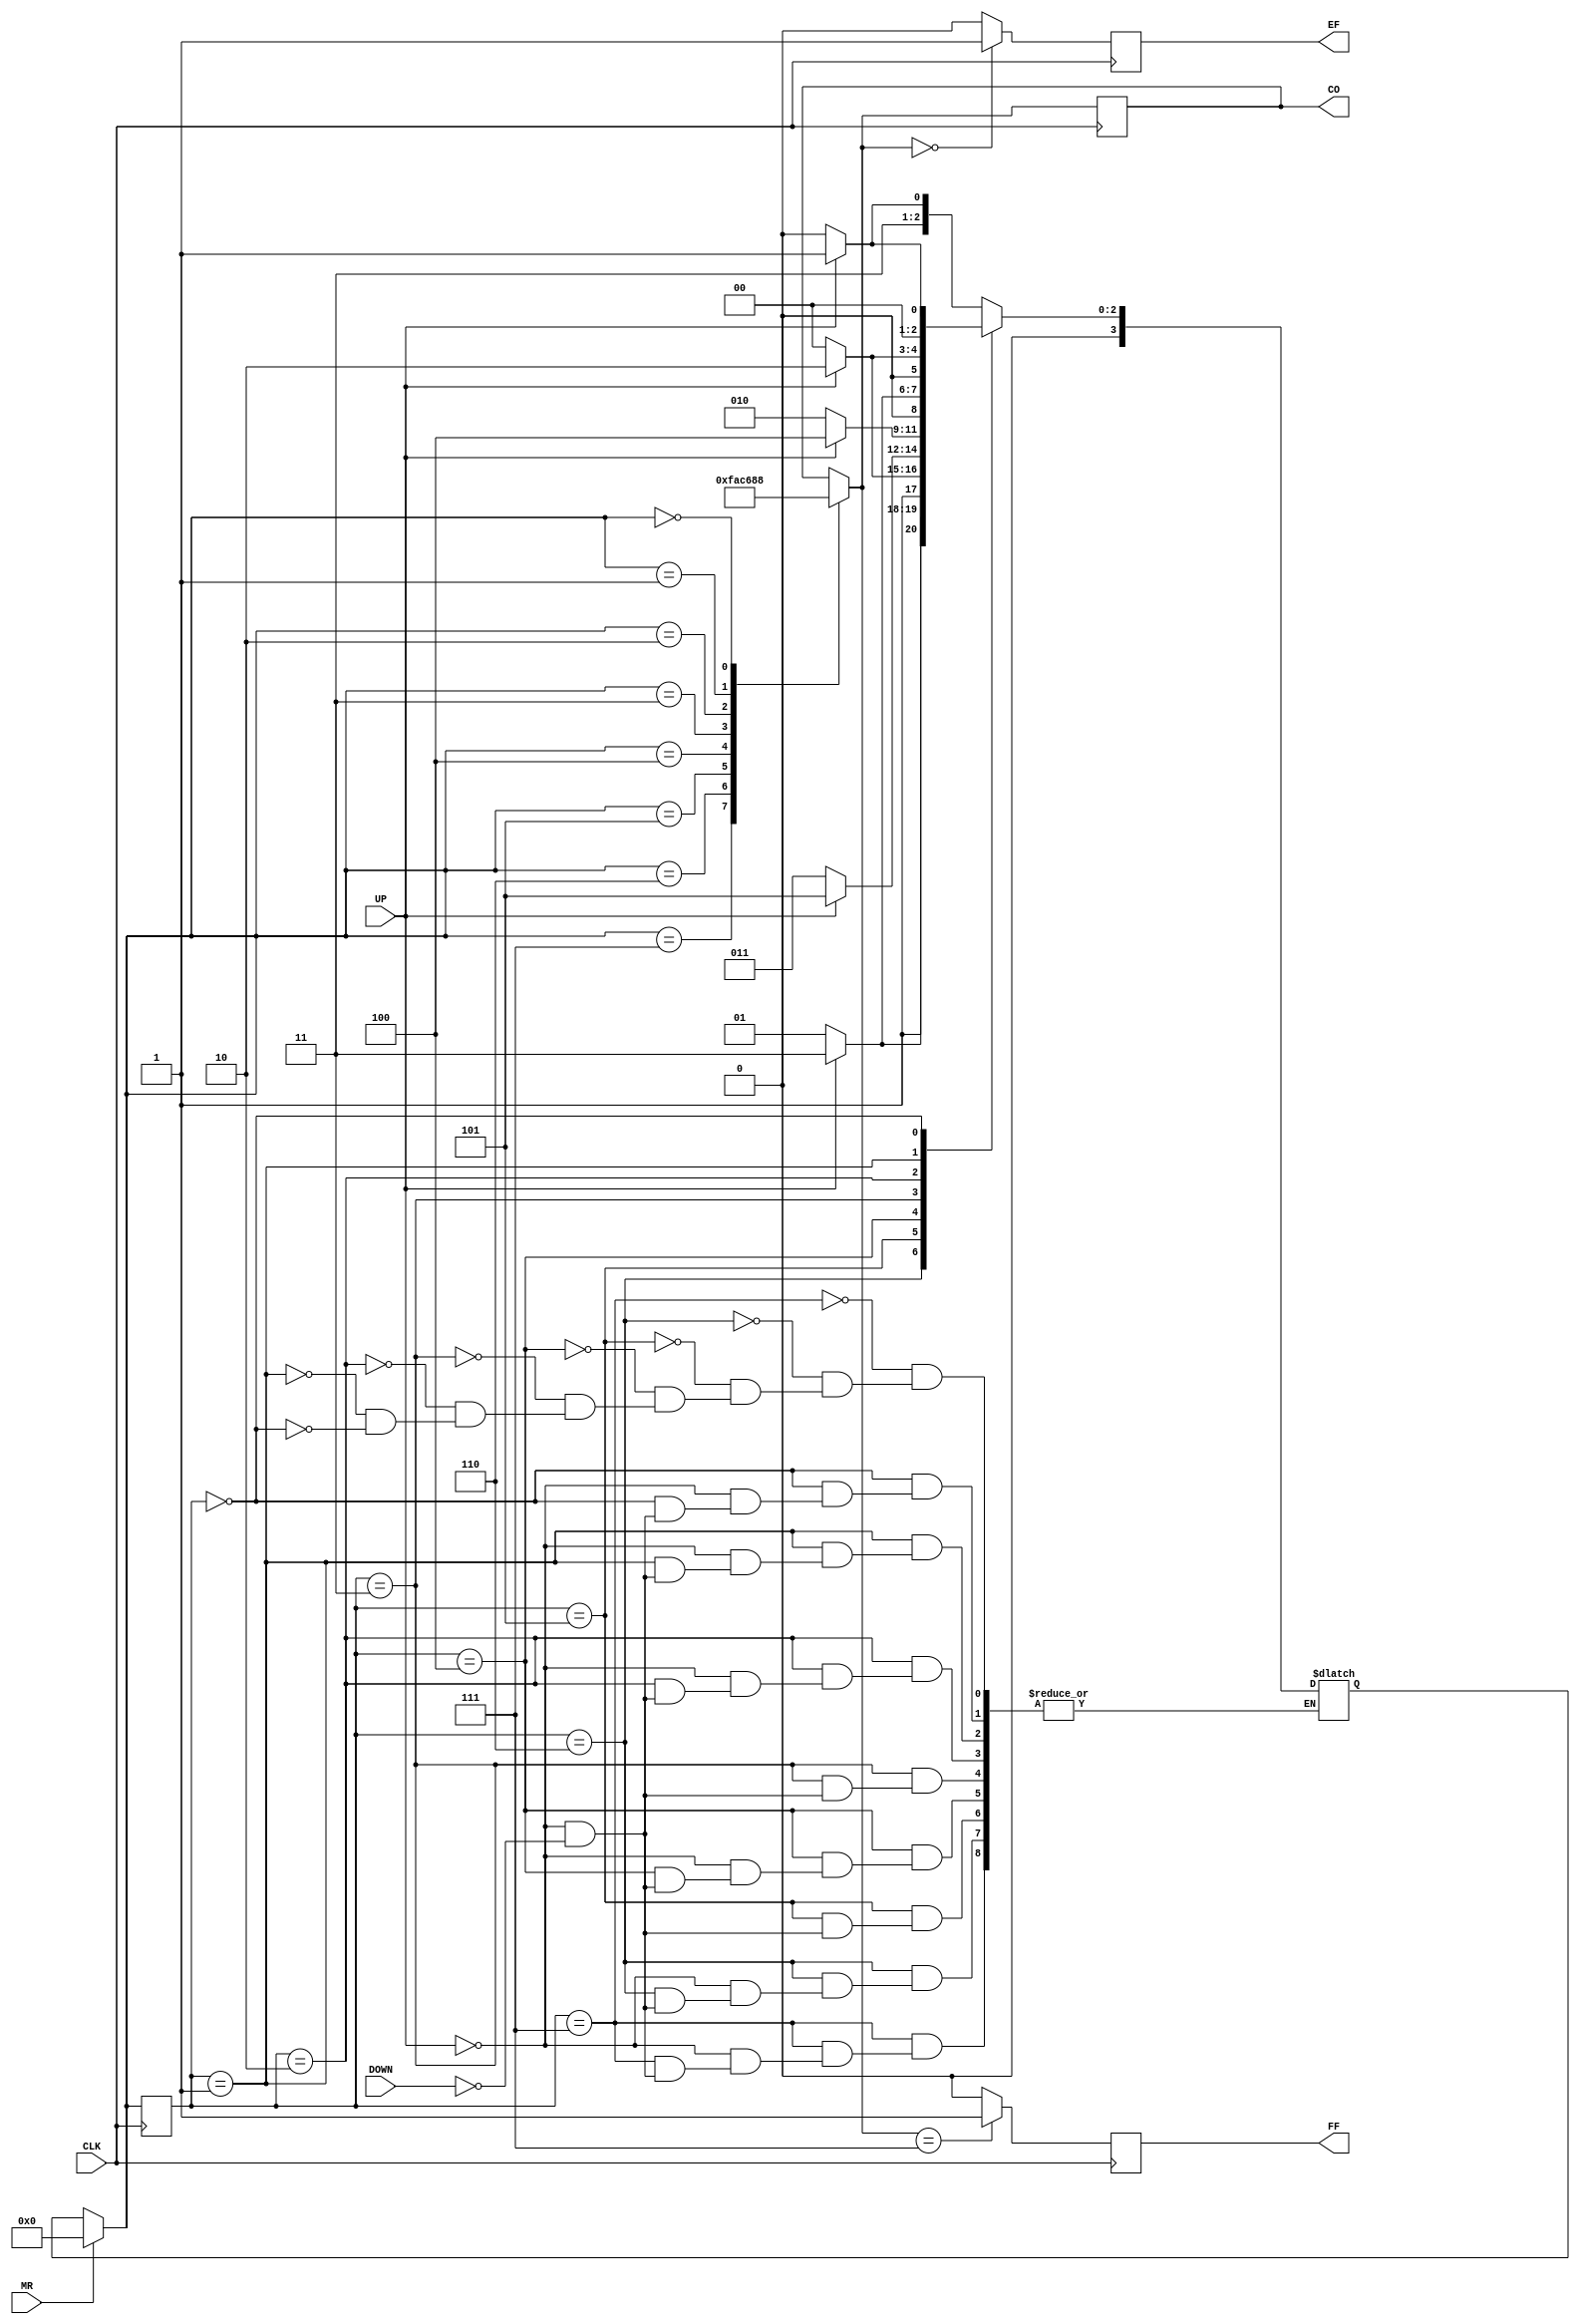
/**
CO = Counter Output
EF <= empty flag 
FF <= Full flag 
UP signal 
Down signal
CLK system Clock 
MR master rest 

initial value for the counter is 0 :"D


EF and FF is ative High 
Ative High Master rest 

**/
module counter(CO,EF,FF,UP,DOWN,CLK,MR);
input UP,DOWN,CLK,MR ;

parameter H=3'b000,G=3'b001,F=3'b010,E=3'b011,D=3'b100,C=3'b101,B=3'b110,A=3'b111 ;
reg[3:0] CS ;reg[3:0] NS ;
output reg[2:0] CO ;
output reg EF,FF ;

initial
begin 
CS = H ;
CO = 0;
EF = 1 ;
FF = 0 ;
end




always@(UP,DOWN)
begin 



case(CS)
A:if(UP)begin NS = A ;end
else if(DOWN)begin NS = B ; end

B: if(UP)begin NS = A ;end
else if(DOWN)begin NS = C ; end

C: if(UP)begin NS = B ;end
else if(DOWN)begin NS <= D ; end

D: if(UP)begin NS = C ;end
else if(DOWN)begin NS = E ; end

E: if(UP)begin NS = D ;end
else if(DOWN)begin NS <= F ; end

F: if(UP)begin NS = E ;end
else if(DOWN)begin NS = G ; end

G: if(UP)begin NS = F ;end
else if(DOWN)begin NS = H ; end

H: if(UP)begin NS = G ;end
else if(DOWN)begin NS = H ; end


 
endcase 

end



always@(posedge CLK)
begin
if (MR==0)begin CS <= NS ; 

 end
else begin  CS =H ;
EF = 1 ; FF = 0 ;

 end


case(CS)
A:begin
 CO = 7 ;
  end// 7 

B:begin  CO = 6 ;
 end//6

C: begin  CO = 5 ;
 end //5

D: begin  CO = 4 ;
end //4

E:begin  CO = 3 ;
end//3

F:begin  CO = 2 ;
  end//2
G:begin CO = 1 ; end //1
H: begin  CO = 0 ;
 end
 
endcase 

if(CO == 0)begin EF = 1 ; end
	else begin EF = 0 ; end
	if(CO == 7)begin FF = 1 ; end
	else begin FF = 0 ; end
end





endmodule